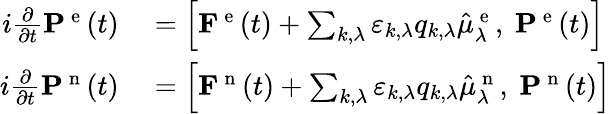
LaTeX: \begin{array}{rl}{i\frac{\partial}{\partial t}\mathbf{P}^{\mathrm{~e~}}(t)}&{{}=\left[\mathbf{F}^{\mathrm{~e~}}(t)+\sum_{k,\lambda}\varepsilon_{k,\lambda}q_{k,\lambda}\hat{\mu}_{\lambda}^{\mathrm{~e~}},\ \mathbf{P}^{\mathrm{~e~}}(t)\right]}\\ {i\frac{\partial}{\partial t}\mathbf{P}^{\mathrm{~n~}}(t)}&{{}=\left[\mathbf{F}^{\mathrm{~n~}}(t)+\sum_{k,\lambda}\varepsilon_{k,\lambda}q_{k,\lambda}\hat{\mu}_{\lambda}^{\mathrm{~n~}},\ \mathbf{P}^{\mathrm{~n~}}(t)\right]}\end{array}